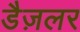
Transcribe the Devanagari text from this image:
डैज़लर